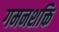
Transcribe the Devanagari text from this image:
गमनशक्ति